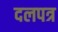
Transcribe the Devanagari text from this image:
दलपत्र